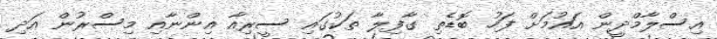
އިސްލާމްދީން އައުމަށް ފަހު ބޮޑެތި ގާފިލާ ތަކުގައި ސީރިއާ އިންނާއި މިސްރުން އަދި